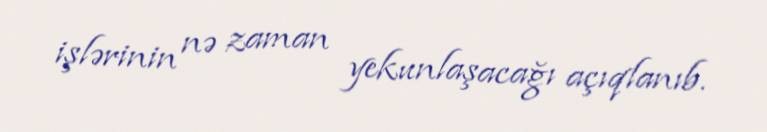
işlərinin nə zaman yekunlaşacağı açıqlanıb.